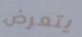
يتعرض